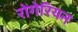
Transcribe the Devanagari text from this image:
रोगेरियन